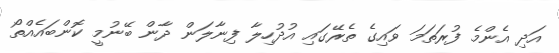
އަދި އެންމެ ފުރަތަމަ ވައިގެ ތެރޭގައި އުދުހިލާ ފިނާލަން ދާން ބޭނުމީ ކޮންބައެއްތޯ